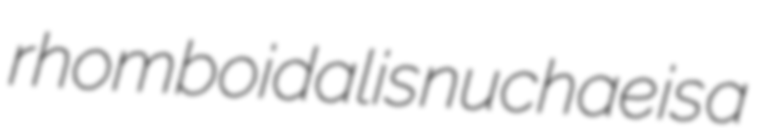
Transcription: rhomboidalis nuchae is a